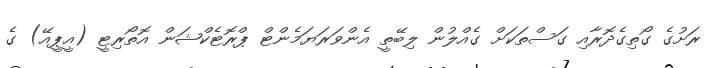
ރަށުގެ ގޯތިގެދޮރާއި ގަސްތަކަށް ގެއްލުން ލިބޭތީ އެންވަރަޔަމެންޓް ޕްރޮޓެކްޝަން އޮތޯރިޓީ (އީޕީއޭ) ގެ